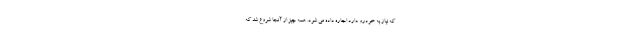
که نیاز به خودرو دارد اجاره داده می شود. همه چیز از آنجا شروع شد که